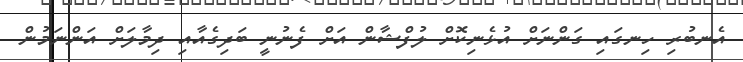
އެނބުރި ހިނގައި ގަންނަށް އުޅެނިކޮށް ލުފްޝާން އަށް ފެނުނީ ބަދިގެއާއި ދިމާލަށް އަންނަމުން